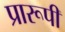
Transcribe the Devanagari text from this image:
प्रारूपी